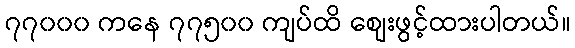
၇၇၀၀၀ ကနေ ၇၇၅၀၀ ကျပ်ထိ စျေးဖွင့်ထားပါတယ်။